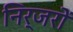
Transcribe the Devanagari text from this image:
निर्जरों